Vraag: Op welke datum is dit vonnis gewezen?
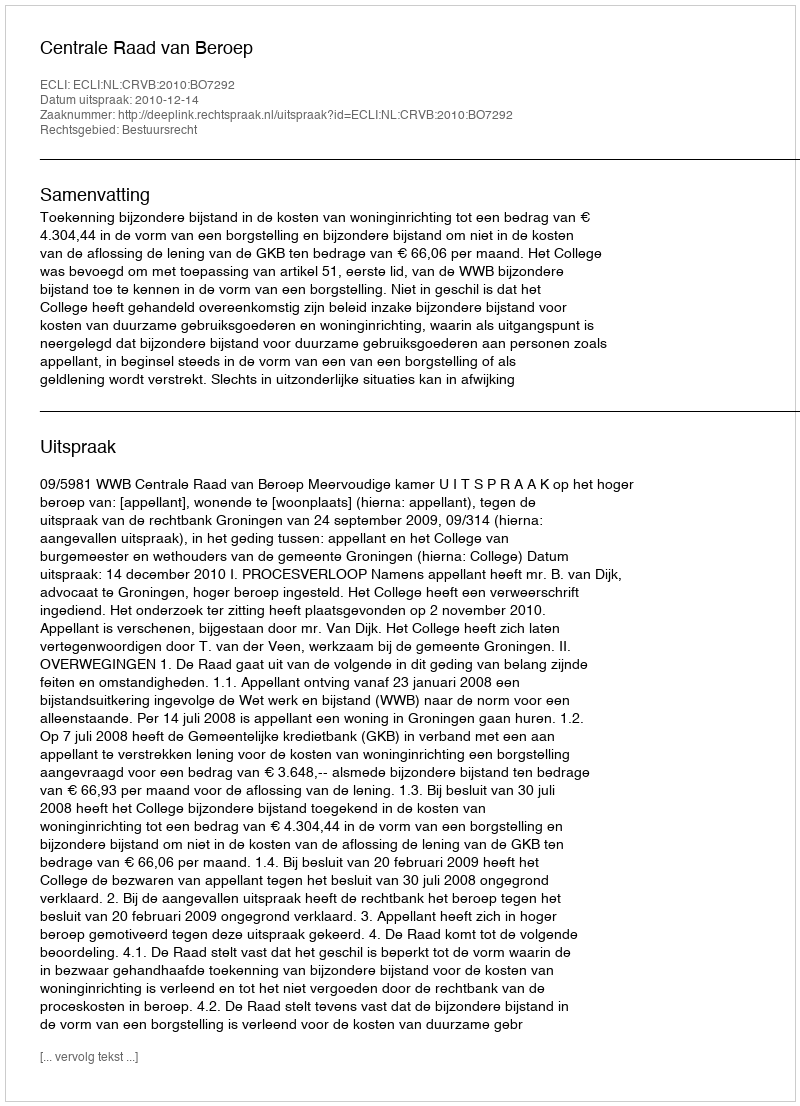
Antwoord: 2010-12-14